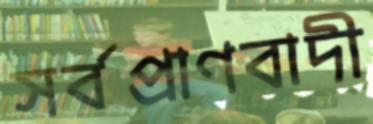
সর্বপ্রাণবাদী